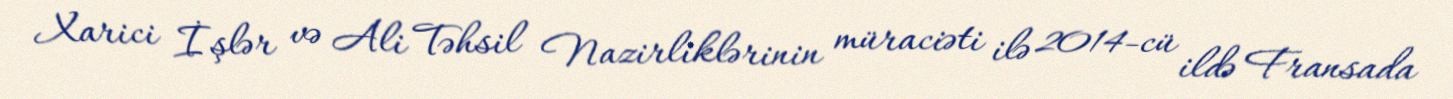
Xarici İşlər və Ali Təhsil Nazirliklərinin müraciəti ilə 2014-cü ildə Fransada